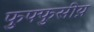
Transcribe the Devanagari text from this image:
फुफ्फुसीय़